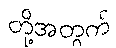
တို့အတွက်